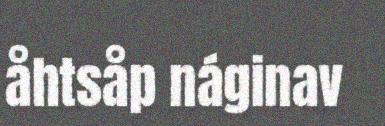
åhtsåp náginav